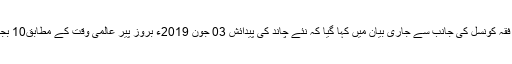
تفصیلات کے مطابق فقہ کونسل کی جانب سے جاری بیان میں کہا گیا کہ نئے چاند کی پیدائش 03 جون 2019ء بروز پیر عالمی وقت کے مطابق10 بجکر 3 منٹ پر ہو گی۔